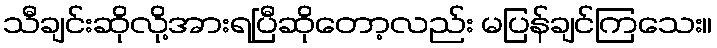
သီချင်းဆိုလို့အားရပြီဆိုတော့လည်း မပြန်ချင်ကြသေး။